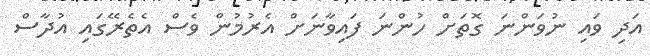
އަދި ވައި ނުވަންނަ ގޮތަށް ހުންނަ ފައިވާނަށް އެރުމުން ވެސް އެތެރޭގައި އުދާސް